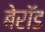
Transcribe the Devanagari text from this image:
बेरॉड